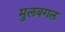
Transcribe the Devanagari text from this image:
मुलबगल